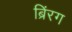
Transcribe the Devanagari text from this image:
ब्रिंरग